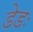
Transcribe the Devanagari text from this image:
डेडः